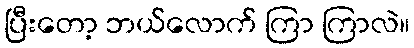
ပြီးတော့ ဘယ်လောက် ကြာ ကြာလဲ။